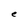
Character: e